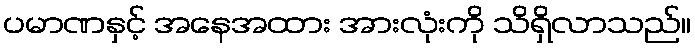
ပမာဏနှင့် အနေအထား အားလုံးကို သိရှိလာသည်။